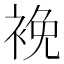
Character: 𧚇